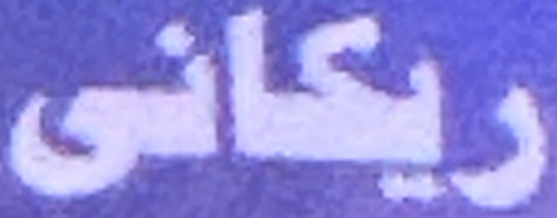
ريكانى